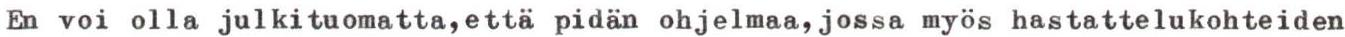
En voi olla julkituomatta,että pidän ohjelmaa,jossa myös hastattelukohteiden